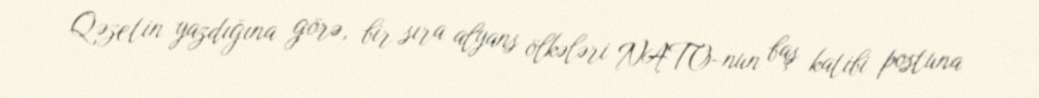
Qəzetin yazdığına görə, bir sıra alyans ölkələri NATO-nun baş katibi postuna